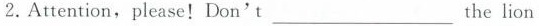
2. Attention,please!Don't______the lion